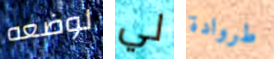
لوضعه لي طروادة